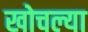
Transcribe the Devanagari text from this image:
खोचल्या